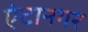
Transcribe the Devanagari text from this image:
ऐटानगर